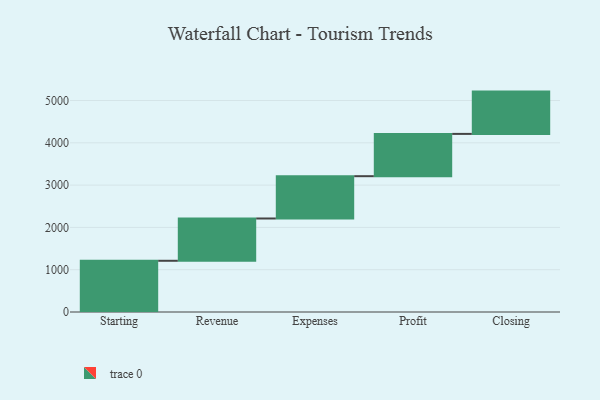
{"axis": {"x": "Step", "y": "Value"}, "legend": [""], "data": [{"x": "Starting", "y": 1211.0, "type": ""}, {"x": "Revenue", "y": 1000, "type": ""}, {"x": "Expenses", "y": 1000, "type": ""}, {"x": "Profit", "y": 1000, "type": ""}, {"x": "Closing", "y": 1000, "type": ""}]}